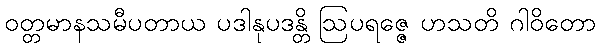
ဝတ္တမာနသမီပတာယ ပဒါနုပဒန္တိ ဩပရဇ္ဇေ ဟသတိ ဂါဝိတော